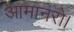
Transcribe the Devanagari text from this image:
आमानरो।